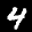
Label: 4